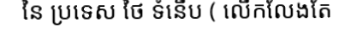
នៃ ប្រទេស ថៃ ទំនើប ( លើកលែងតែ